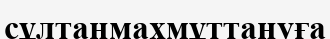
сұлтанмахмұттануға